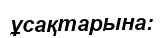
ұсақтарына: